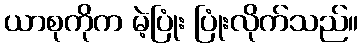
ယာစုကိုက မဲ့ပြုံး ပြုံးလိုက်သည်။